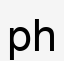
рһ